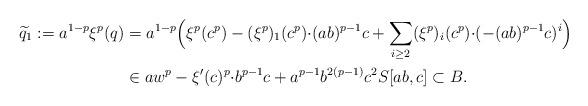
LaTeX: \begin{align*}\widetilde{q}_1:=a^{1-p}\xi ^p(q)&=a^{1-p}\Bigl(\xi ^p(c^p)-(\xi ^p)_1(c^p){\cdot }(ab)^{p-1}c+\sum _{i\ge 2}(\xi ^p)_i(c^p){\cdot }(-(ab)^{p-1}c)^i\Bigr) \\&\in aw^p-\xi '(c)^p{\cdot } b^{p-1}c+a^{p-1}b^{2(p-1)}c^2S[ab,c]\subset B. \end{align*}